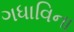
ગધાવિના